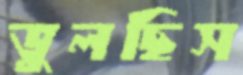
ভুলছিস